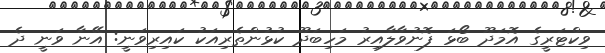
ވިކްޓަރީގެ އޮމަދޫ ބޯޅަ ފޮނުވާލާއިރު މަހިބަދޫ ކުޅުންތެރިއަކު ކައިރިވަނީ: އޭނާ ވަނީ ދެ